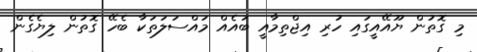
މި ގޮތުން ޔޫއޭއީގައި ހުރި އިޖްތިމާއީ ބައެއް މައްސަލަތަކާ ބެހޭ ގޮތުން ލިޔެގެން